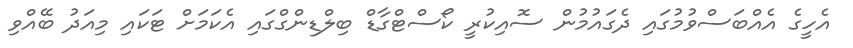
އެހީގެ އެއްބަސްވުމުގައި ދެގައުމުން ސޮއިކުރީ ކޯސްޓްގާޑް ބިލްޑިންގްގައި އެކަމަށް ޓަކައި މިއަދު ބޭއްވި